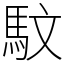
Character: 馼